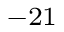
^ { - 2 1 }